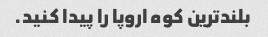
بلندترین کوه اروپا را پیدا کنید.